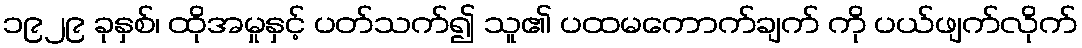
၁၉၂၉ ခုနှစ်၊ ထိုအမှုနှင့် ပတ်သက်၍ သူ၏ ပထမကောက်ချက် ကို ပယ်ဖျက်လိုက်